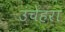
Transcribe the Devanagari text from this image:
उंचेहरा